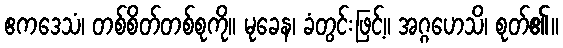
ဧကဒေသံ၊ တစ်စိတ်တစ်စုကို။ မုခေန၊ ခံတွင်းဖြင့်။ အဂ္ဂဟေသိ၊ စုတ်၏။